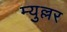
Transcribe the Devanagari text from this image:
म्युल्लर